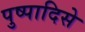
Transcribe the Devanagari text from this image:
पुष्पादिसे